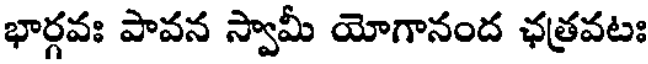
భార్గవః పావన స్వామీ యోగానంద ఛత్రవటః